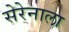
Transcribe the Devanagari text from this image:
सेरेनाला